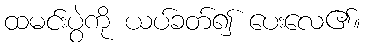
ထမင်းပွဲကို ယပ်ခတ်၍ ပေးလေ၏။